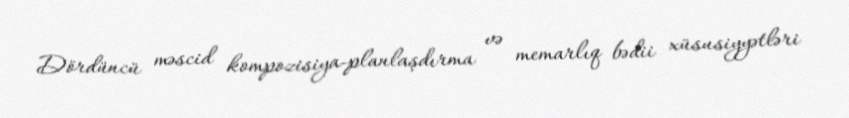
Dördüncü məscid kompozisiya-planlaşdırma və memarlıq bədii xüsusiyyətləri